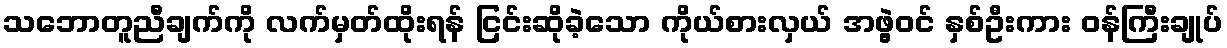
သဘောတူညီချက်ကို လက်မှတ်ထိုးရန် ငြင်းဆိုခဲ့သော ကိုယ်စားလှယ် အဖွဲ့ဝင် နှစ်ဦးကား ဝန်ကြီးချုပ်